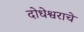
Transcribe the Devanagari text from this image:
दोधेश्वराचे